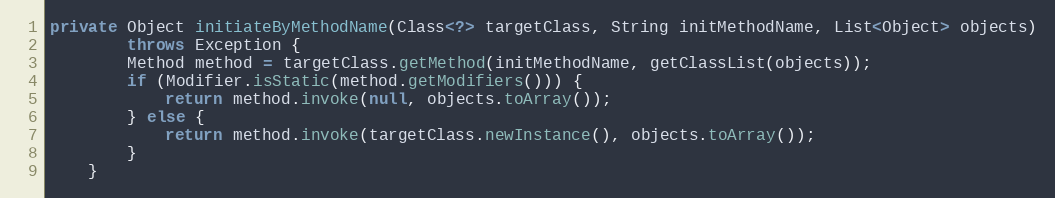
Language: Java
private Object initiateByMethodName(Class<?> targetClass, String initMethodName, List<Object> objects)
        throws Exception {
        Method method = targetClass.getMethod(initMethodName, getClassList(objects));
        if (Modifier.isStatic(method.getModifiers())) {
            return method.invoke(null, objects.toArray());
        } else {
            return method.invoke(targetClass.newInstance(), objects.toArray());
        }
    }